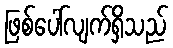
ဖြစ်ပေါ်လျက်ရှိသည်